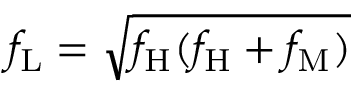
f _ { \mathrm { L } } = \sqrt { f _ { \mathrm { H } } ( f _ { \mathrm { H } } + f _ { \mathrm { M } } ) }